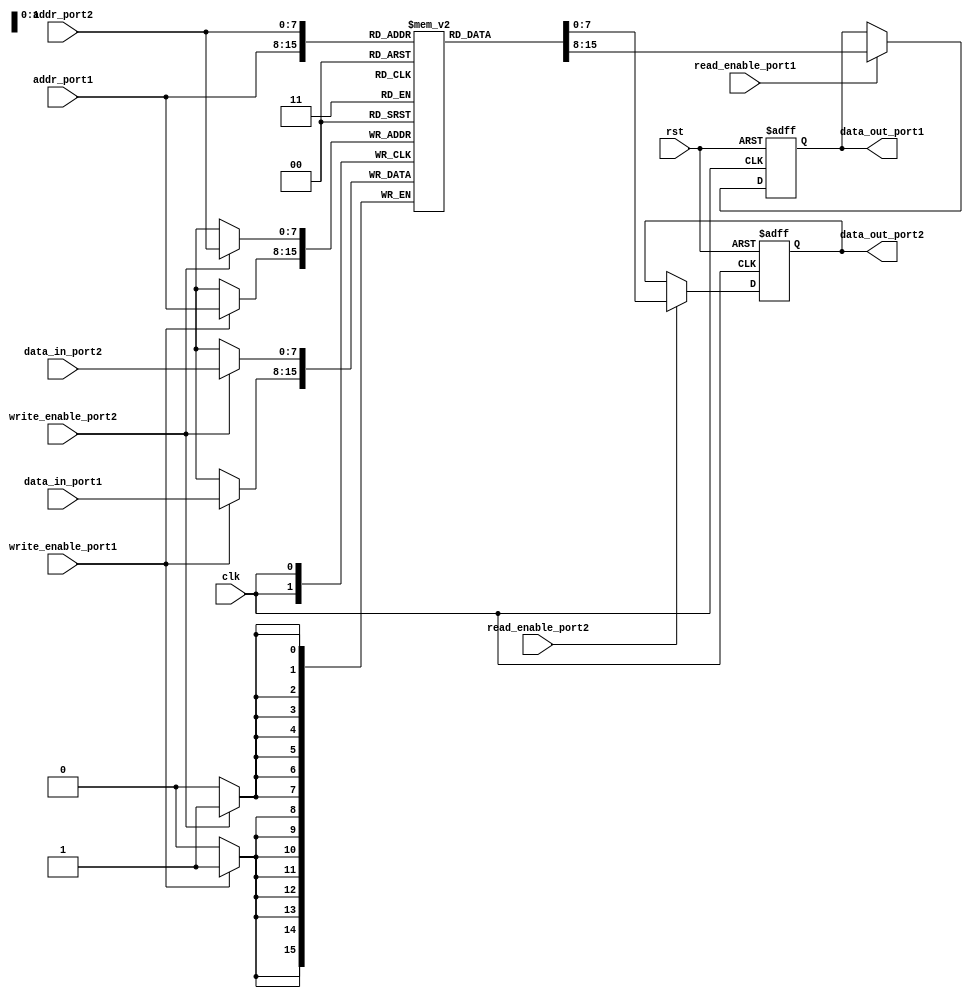
module dual_port_ram (
    input clk, // clock signal
    input rst, // reset signal
    input [7:0] addr_port1, // address for port 1
    input [7:0] addr_port2, // address for port 2
    input [7:0] data_in_port1, // data input for port 1
    input [7:0] data_in_port2, // data input for port 2
    input read_enable_port1, // read enable signal for port 1
    input write_enable_port1, // write enable signal for port 1
    input read_enable_port2, // read enable signal for port 2
    input write_enable_port2, // write enable signal for port 2
    output reg [7:0] data_out_port1, // data output for port 1
    output reg [7:0] data_out_port2 // data output for port 2
);

reg [7:0] memory [0:255]; // memory array with 256 8-bit locations

// read operation for port 1
always @ (posedge clk or posedge rst)
begin
    if (rst)
        data_out_port1 <= 8'h00;
    else if (read_enable_port1)
        data_out_port1 <= memory[addr_port1];
end

// write operation for port 1
always @ (posedge clk)
begin
    if (write_enable_port1)
        memory[addr_port1] <= data_in_port1;
end

// read operation for port 2
always @ (posedge clk or posedge rst)
begin
    if (rst)
        data_out_port2 <= 8'h00;
    else if (read_enable_port2)
        data_out_port2 <= memory[addr_port2];
end

// write operation for port 2
always @ (posedge clk)
begin
    if (write_enable_port2)
        memory[addr_port2] <= data_in_port2;
end

endmodule